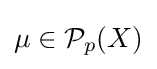
\mu \in {\mathcal {P}}_{p}(X)